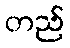
တည်